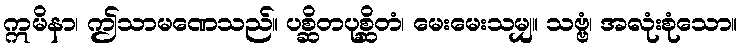
ဣမိနာ၊ ဤသာမဏေသည်။ ပစ္ဆိတပုစ္ဆိတံ၊ မေးမေးသမျှ။ သဗ္ဗံ၊ အလုံးစုံသော။